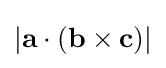
|\mathbf {a} \cdot (\mathbf {b} \times \mathbf {c} )|